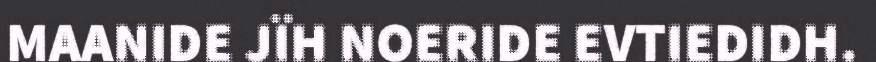
MAANIDE JÏH NOERIDE EVTIEDIDH.